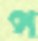
প